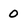
Character: 0